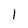
Character: l